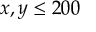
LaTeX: x , y \leq 2 0 0